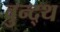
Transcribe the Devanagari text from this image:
वुन्द्थ